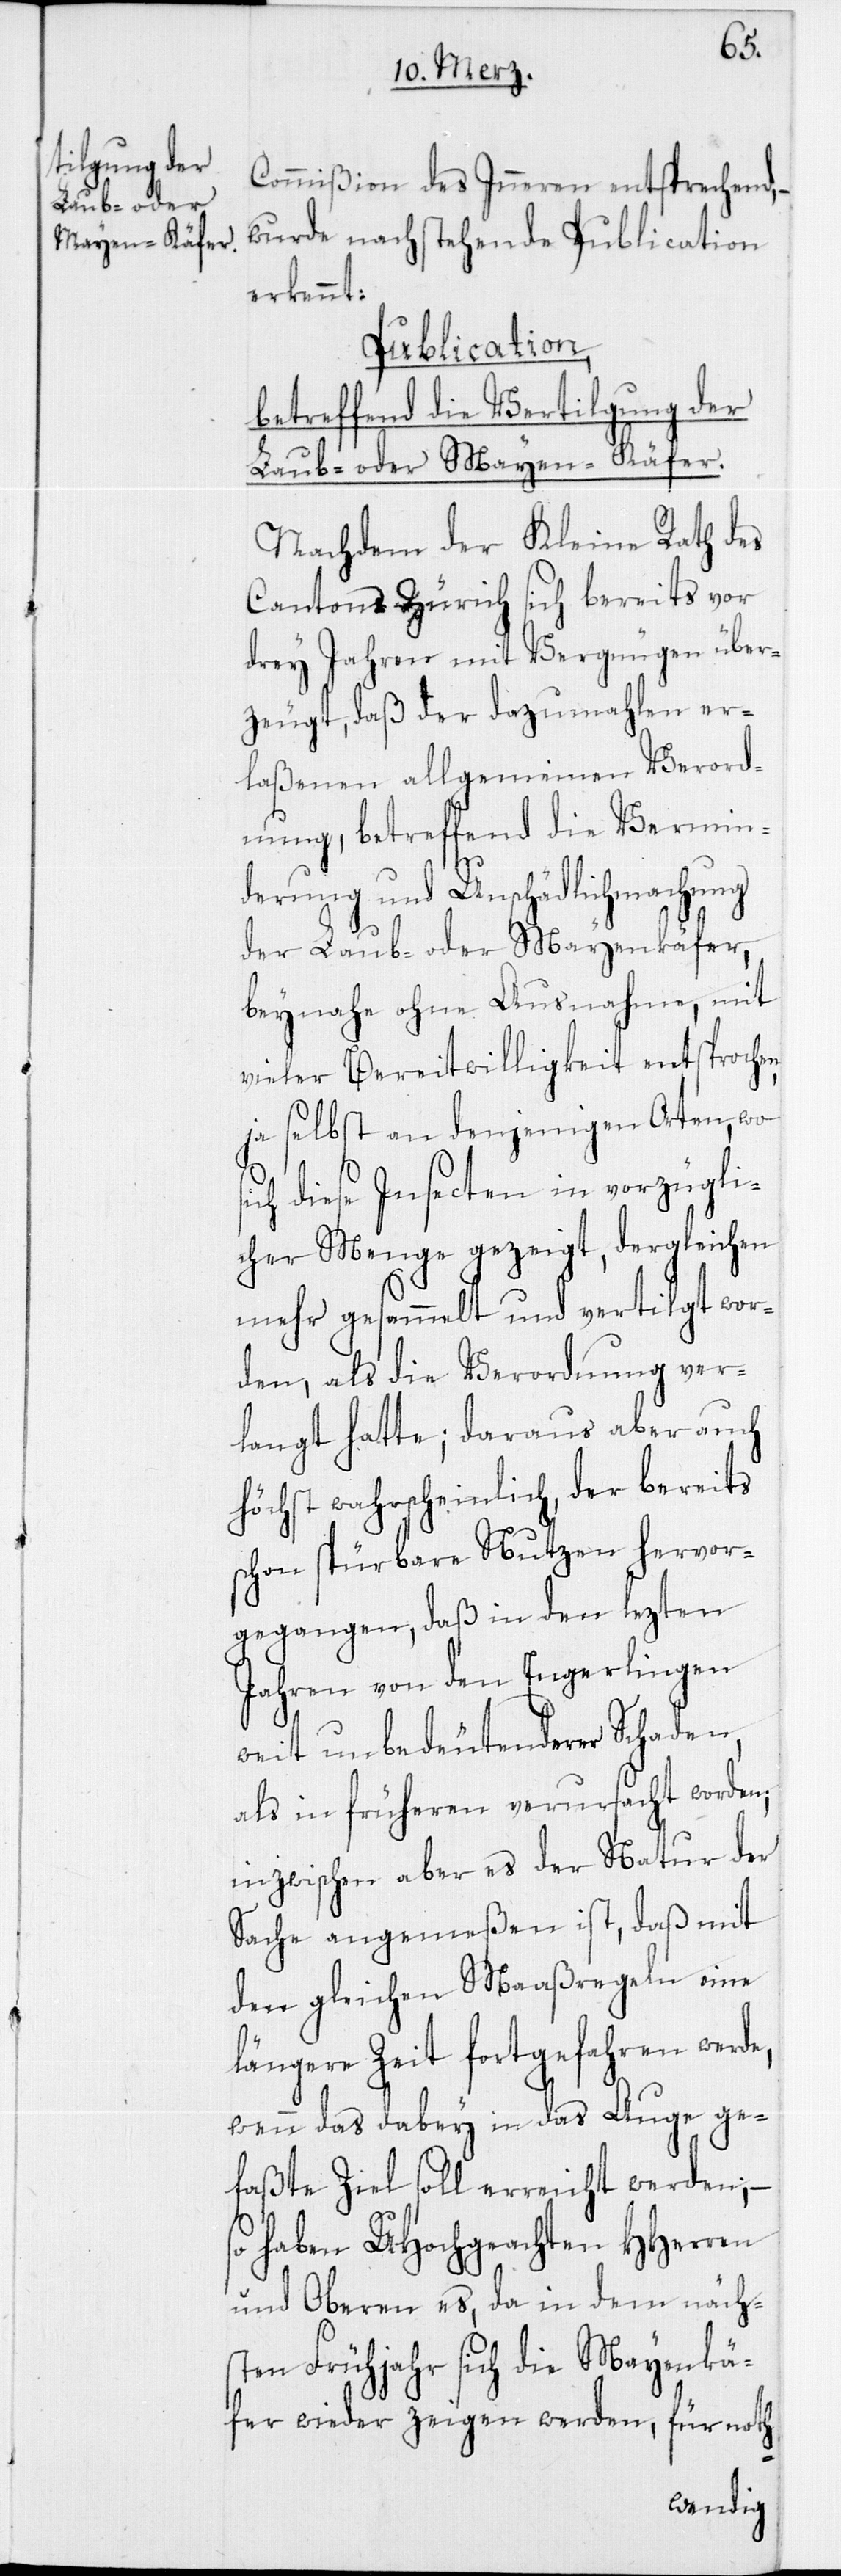
s¬
Commißion des Inneren entsprechend,
wurde nachstehende Publication
erkennt:
Publication,
betreffend die Vertilgung der
Laub- oder Mayen-Käfer.
Nachdem der Kleine Rath des
Cantons Zürich sich bereits vor
drey Jahren mit Vergnügen über¬
zeugt, daß der dazumahlen er¬
laßenen, allgemeinen Verord¬
nung, betreffend die Vermin¬
derung und Unschädlichmachung
der Laub- oder Mayenkäfer,
beynahe ohne Ausnahme, mit
vieler Bereitwilligkeit entsprochen,
ja selbst an denjenigen Orten, wo
ich diese Insecten in vorzügli¬
cher Menge gezeigt, dergleichen
mehr gesammelt und vertilgt wor¬
den, als die Verordnung ver¬
langt hatte; daraus aber auch
höchst wahrscheinlich, der bereits
schon spürbare Nutzen hervor¬
gegangen, daß in den lezten
Jahren von den Engerlingen
weit unbedeutenderer Schaden,
als in früheren verursacht worden;
inzwischen aber es der Natur der
Sache angemeßen ist, daß mit
den gleichen Maaßregeln eine
längere Zeit fortgefahren werde,
wenn das dabey in das Auge ge¬
faßte Ziel soll erreicht werden, –
so haben UHochgeachte HHerren
und Oberen es, da in dem näch¬
sten Frühjahr sich die Mayenkä¬
fer wieder zeigen werden, für noth-